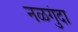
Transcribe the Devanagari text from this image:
नळगुंदा